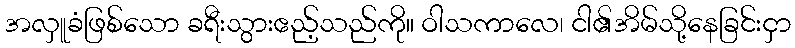
အလှူခံဖြစ်သော ခရီးသွားဧည့်သည်ကို။ ဝါသကာလေ၊ ငါ၏အိမ်သို့နေခြင်းငှာ